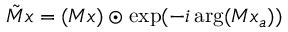
\tilde { M } x = ( M x ) \odot \exp ( - i \arg ( M x _ { a } ) )